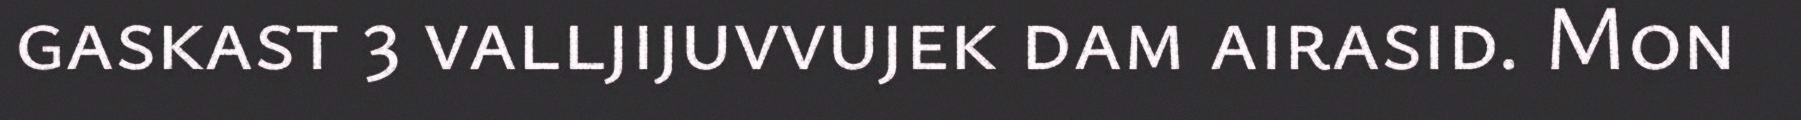
gaskast 3 valljijuvvujek dam airasid. Mon